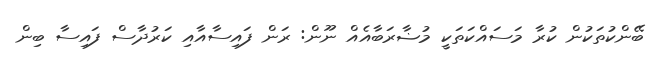
ބޭންކުތަކުން ކުރާ މަސައްކަތަކީ މުޟާރަބާއެއް ނޫން: ރަން ފައިސާއާއި ކަރުދާސް ފައިސާ ބިން